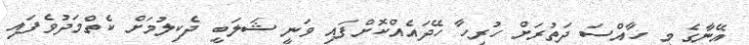
އޭނާގެ މި ހާއްސަ ދަތުރަށް ހުރިހާ ހޭދައެއްކޮށްފައި ވަނީ ޝަލަބީ ދެކިލުމަށް ކެތްމަދުވެފައި